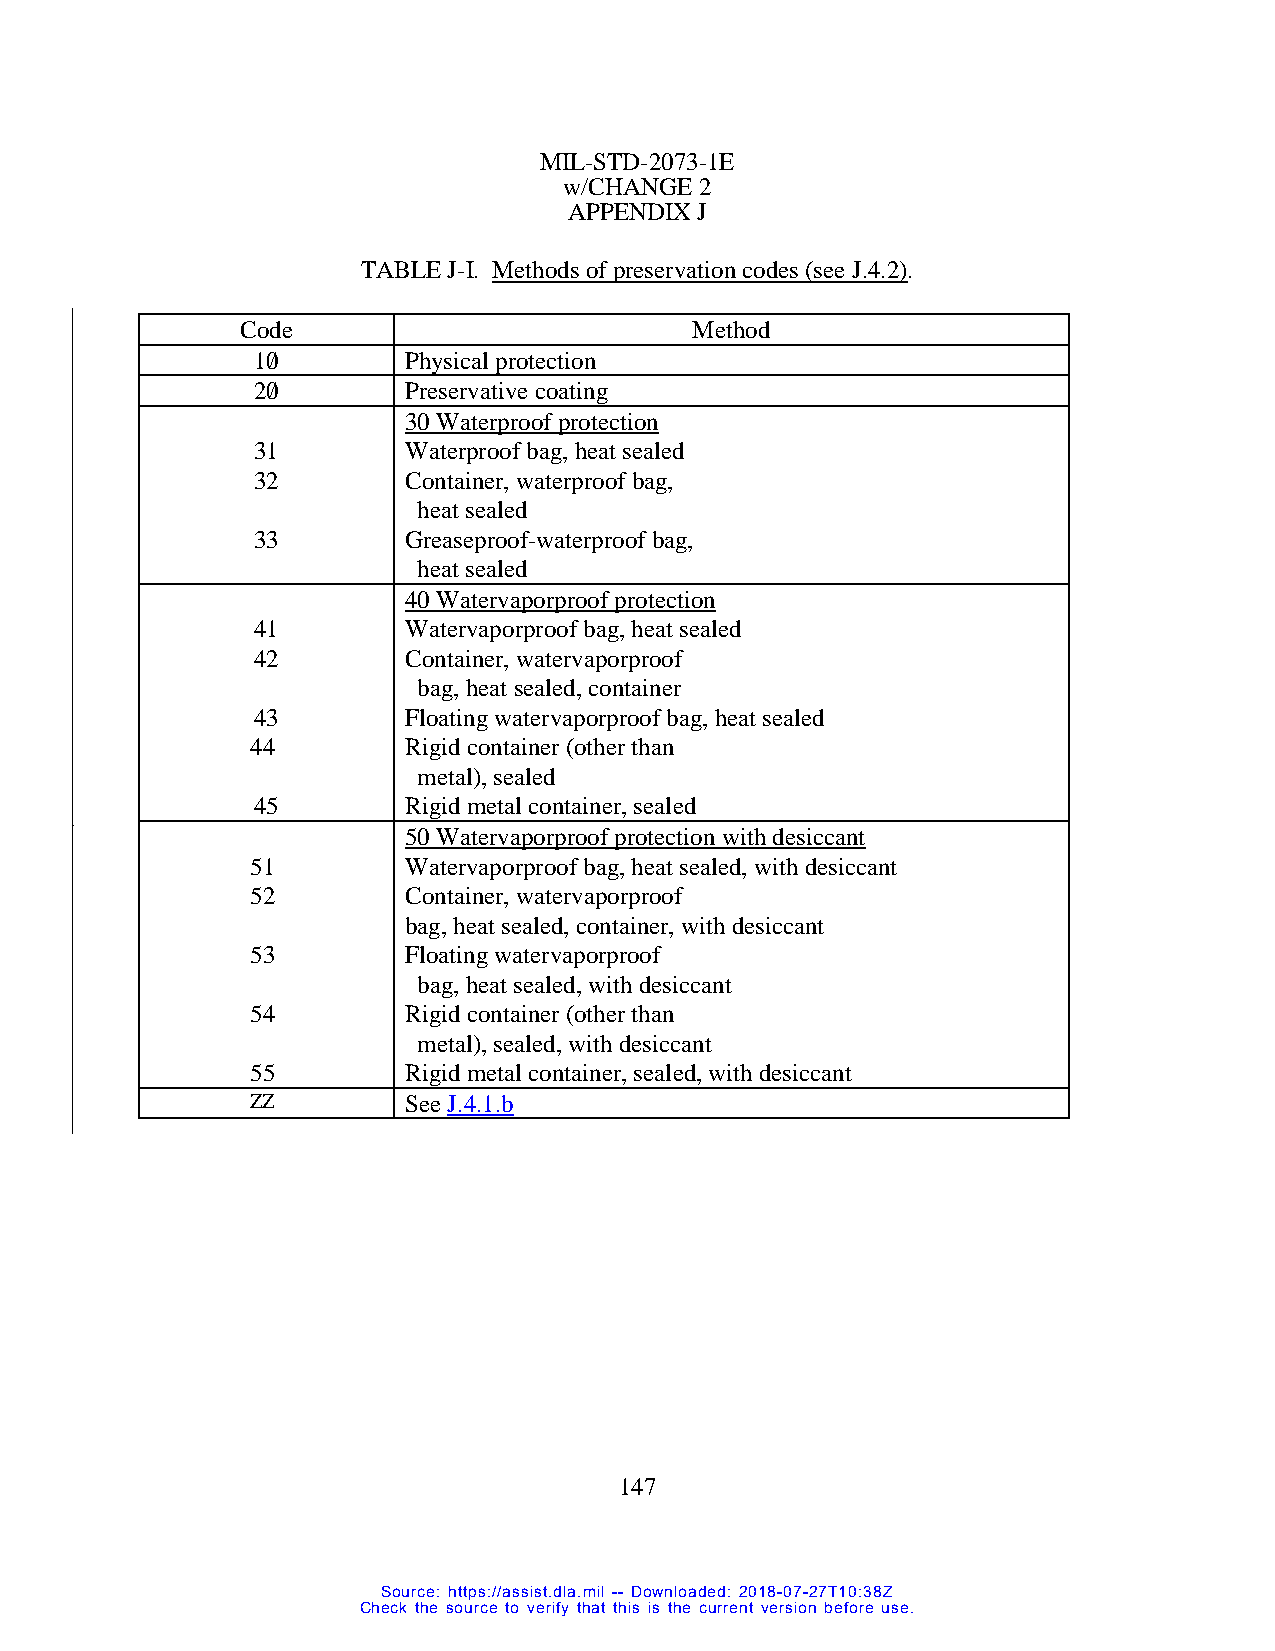
MIL-STD-2073-1E
 w/CHANGE 2
 APPENDIX J
 TABLE J-I. Methods of preservation codes (see J.4.2).
 Code                          Method
 10/       Physical protection
 20/       Preservative coating
 30 Waterproof protection
 31        Waterproof bag, heat sealed
 32        Container, waterproof bag,
 heat sealed
 33        Greaseproof-waterproof bag,
 heat sealed
 40 Watervaporproof protection
 41        Watervaporproof bag, heat sealed
 42        Container, watervaporproof
 bag, heat sealed, container
 43        Floating watervaporproof bag, heat sealed
 44        Rigid container (other than
 metal), sealed
 45        Rigid metal container, sealed
 50 Watervaporproof protection with desiccant
 51        Watervaporproof bag, heat sealed, with desiccant
 52        Container, watervaporproof
 bag, heat sealed, container, with desiccant
 53        Floating watervaporproof
 bag, heat sealed, with desiccant
 54        Rigid container (other than
 metal), sealed, with desiccant
 55        Rigid metal container, sealed, with desiccant
 ZZ        See J.4.1.b
 147
 Source: https://assist.dla.mil -- Downloaded: 2018-07-27T10:38Z
 Check the source to verify that this is the current version before use.